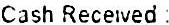
CASH RECEIVED :